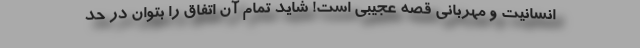
انسانیت و مهربانی قصه عجیبی است! شاید تمام آن اتفاق را بتوان در حد